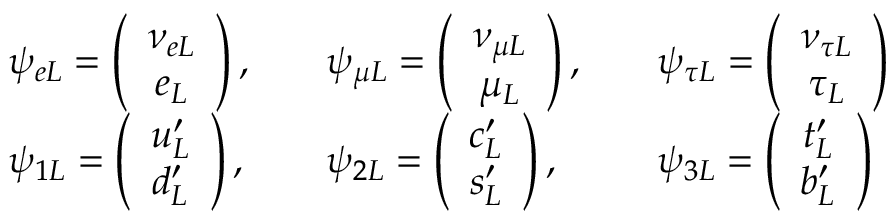
\begin{array} { l l l } { { \psi _ { e L } = \left( \begin{array} { c } { { \nu _ { e L } } } \\ { { e _ { L } } } \end{array} \right) , \quad } } & { { \psi _ { \mu L } = \left( \begin{array} { c } { { \nu _ { \mu L } } } \\ { { \mu _ { L } } } \end{array} \right) , \quad } } & { { \psi _ { \tau L } = \left( \begin{array} { c } { { \nu _ { \tau L } } } \\ { { \tau _ { L } } } \end{array} \right) } } \\ { { \psi _ { 1 L } = \left( \begin{array} { c } { { u _ { L } ^ { \prime } } } \\ { { d _ { L } ^ { \prime } } } \end{array} \right) , \quad } } & { { \psi _ { 2 L } = \left( \begin{array} { c } { { c _ { L } ^ { \prime } } } \\ { { s _ { L } ^ { \prime } } } \end{array} \right) , \quad } } & { { \psi _ { 3 L } = \left( \begin{array} { c } { { t _ { L } ^ { \prime } } } \\ { { b _ { L } ^ { \prime } } } \end{array} \right) } } \end{array}